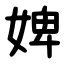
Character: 婢